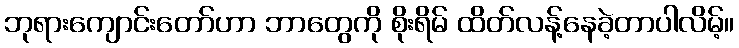
ဘုရားကျောင်းတော်ဟာ ဘာတွေကို စိုးရိမ် ထိတ်လန့်နေခဲ့တာပါလိမ့်။